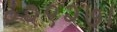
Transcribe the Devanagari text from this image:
०२९२७।